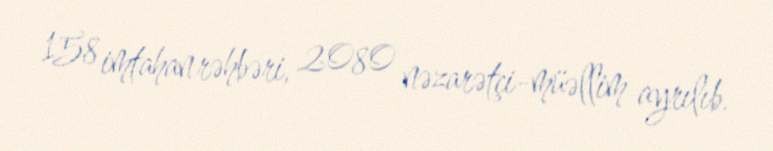
158 imtahan rəhbəri, 2080 nəzarətçi-müəllim ayrılıb.